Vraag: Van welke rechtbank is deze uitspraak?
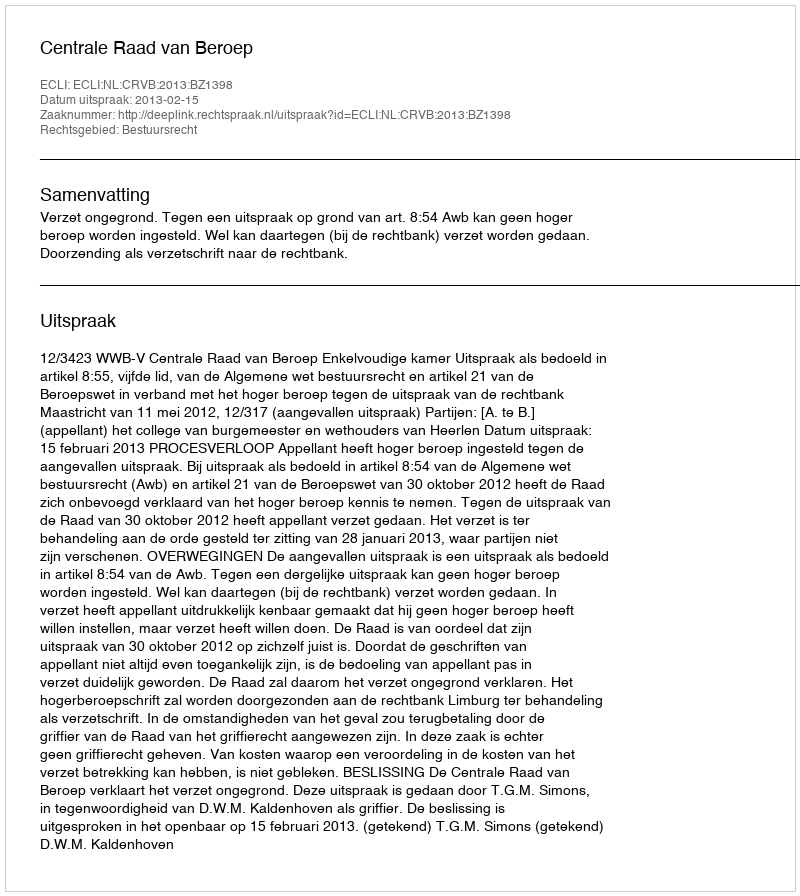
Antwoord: Centrale Raad van Beroep